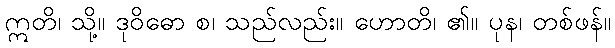
ဣတိ၊ သို့။ ဒုဝိဓော စ၊ သည်လည်း။ ဟောတိ၊ ၏။ ပုန၊ တစ်ဖန်။